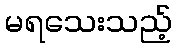
မရသေးသည့်